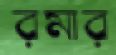
রমার